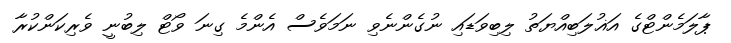
ޕާލަމެންޓްގެ އަޣުލަބިއްޔަތު ލިބިވަޑައި ނުގެންނެވި ނަމަވެސް އެންމެ ގިނަ ވޯޓް ލިބުނީ ވެރިކަންކުރާ